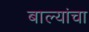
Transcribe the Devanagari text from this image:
बाल्यांचा